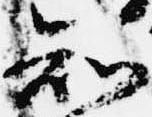
知